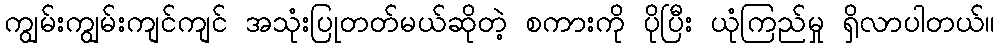
ကျွမ်းကျွမ်းကျင်ကျင် အသုံးပြုတတ်မယ်ဆိုတဲ့ စကားကို ပိုပြီး ယုံကြည်မှု ရှိလာပါတယ်။